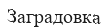
Заградовка